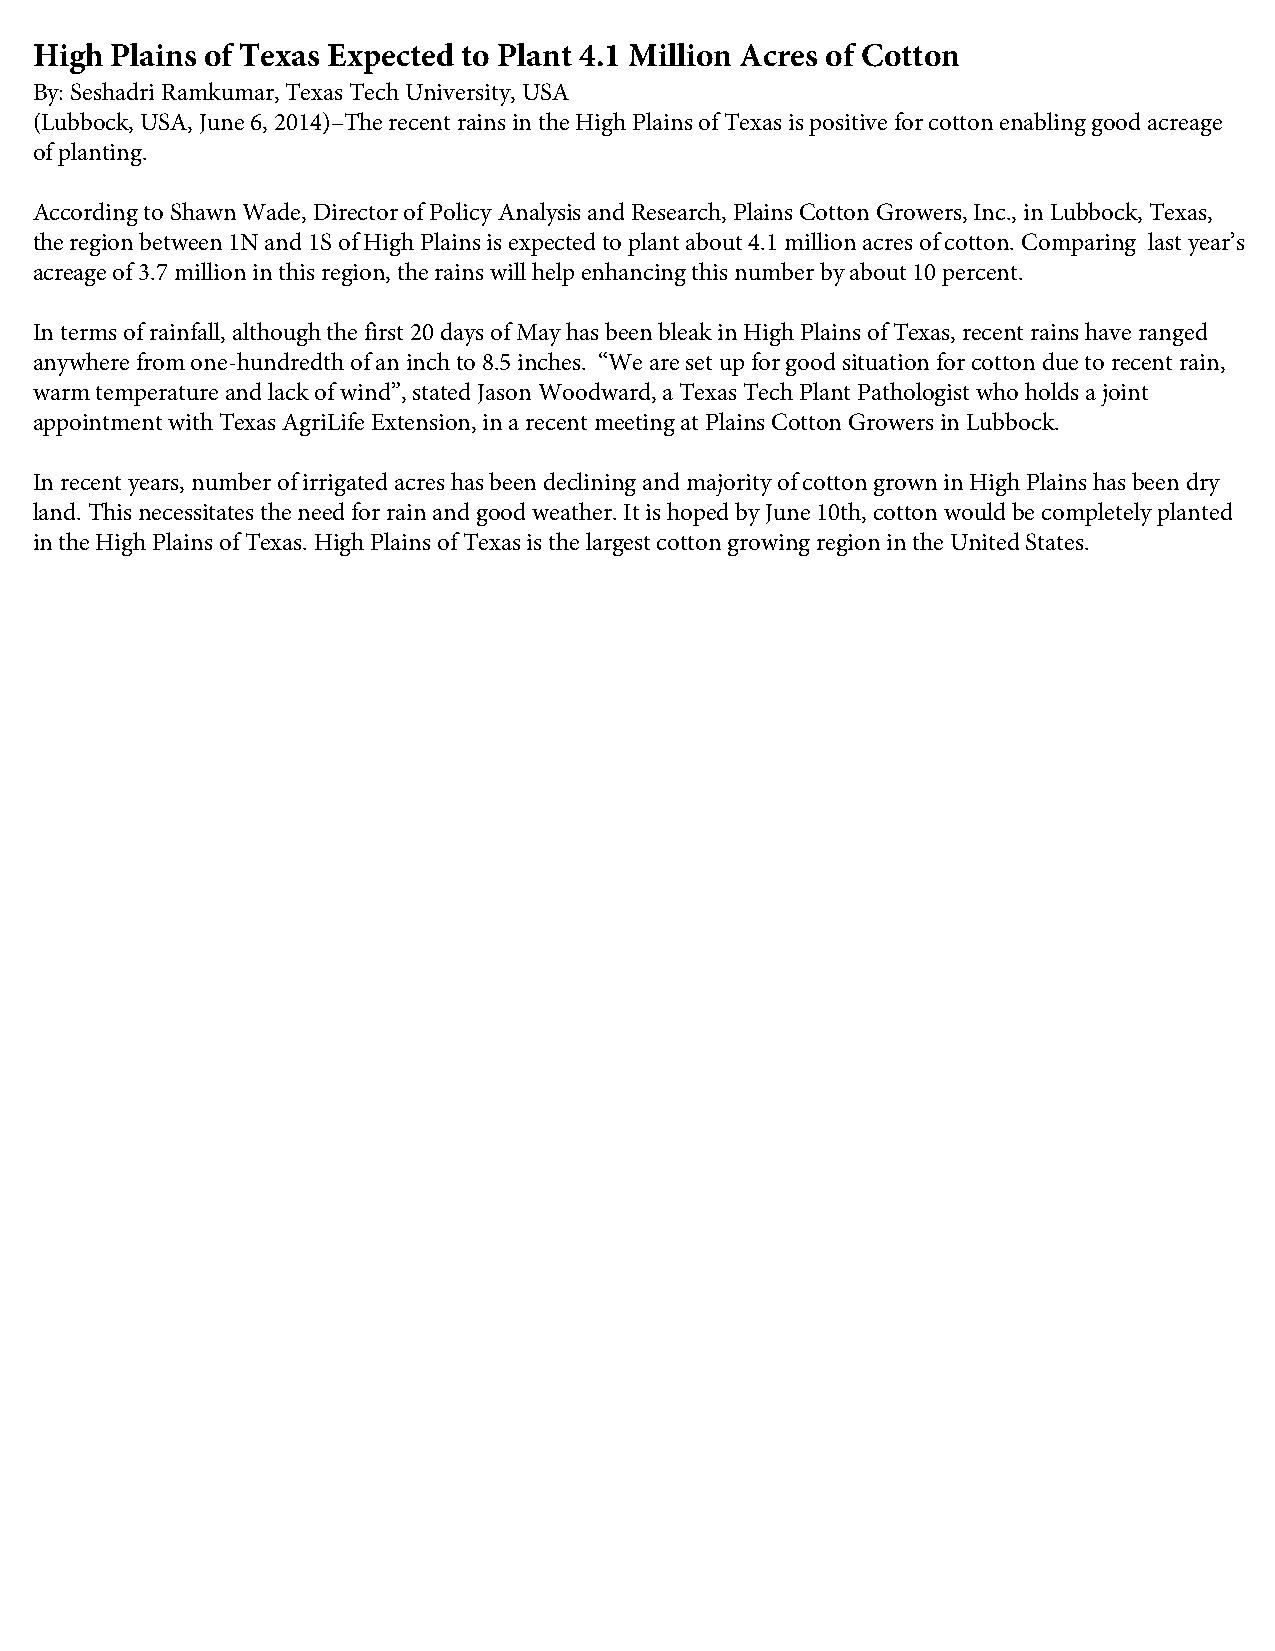
High Plains of Texas Expected to Plant 4.1 Million Acres of Cotton
 By: Seshadri Ramkumar, Texas Tech University, USA
 (Lubbock, USA, June 6, 2014)–The recent rains in the High Plains of Texas is positive for cotton enabling good acreage
 of planting.
 According to Shawn Wade, Director of Policy Analysis and Research, Plains Cotton Growers, Inc., in Lubbock, Texas,
 the region between 1N and 1S of High Plains is expected to plant about 4.1 million acres of cotton. Comparing last year’s
 acreage of 3.7 million in this region, the rains will help enhancing this number by about 10 percent.
 In terms of rainfall, although the first 20 days of May has been bleak in High Plains of Texas, recent rains have ranged
 anywhere from one-hundredth of an inch to 8.5 inches. “We are set up for good situation for cotton due to recent rain,
 warm temperature and lack of wind”, stated Jason Woodward, a Texas Tech Plant Pathologist who holds a joint
 appointment with Texas AgriLife Extension, in a recent meeting at Plains Cotton Growers in Lubbock.
 In recent years, number of irrigated acres has been declining and majority of cotton grown in High Plains has been dry
 land. This necessitates the need for rain and good weather. It is hoped by June 10th, cotton would be completely planted
 in the High Plains of Texas. High Plains of Texas is the largest cotton growing region in the United States.